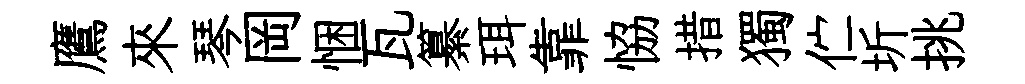
鷹來琴岡悃瓦纂珥靠恊措獨伫圻挑